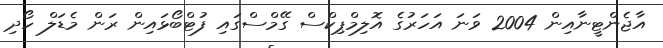
އާޖެންޓީނާއިން 2004 ވަނަ އަހަރުގެ އޮލިމްޕިކްސް ގޭމްސްގައި ފުޓްބޯޅައިން ރަން މެޑަލް ހޯދި